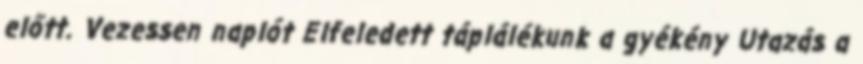
előtt. Vezessen naplót Elfeledett táplálékunk a gyékény Utazás a